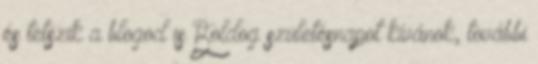
és tetszik a blogod is Boldog születésnapot kívánok, további